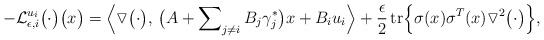
\begin{align*} -\mathcal{L}_{\epsilon,i}^{u_i} \bigl(\cdot\bigr) \bigl( x \bigr) = \Bigl \langle \triangledown \bigl(\cdot\bigr),\, \bigl( A + \sum\nolimits_{j \neq i} B_j \gamma_j^{\ast} \bigr)x + B_i u_i\Bigr \rangle + \frac{\epsilon}{2} \operatorname{tr} \Bigl \{\sigma(x) \sigma^T(x) \triangledown^2 \bigl(\cdot\bigr) \Bigr\}, \end{align*}